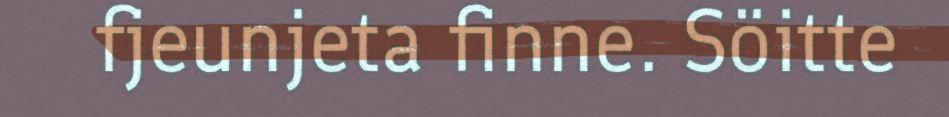
fjeunjeta finne. Söitte